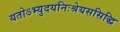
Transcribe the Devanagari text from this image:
यतोऽभ्युदयनिःश्रेयससिद्धि